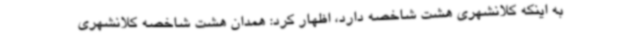
به اینکه کلانشهری هشت شاخصه دارد، اظهار کرد: همدان هشت شاخصه کلانشهری